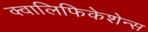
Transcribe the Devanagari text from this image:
क्वालिफिकेशेन्स